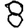
Digit: 8